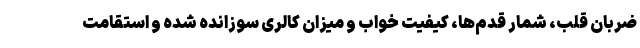
ضربان قلب، شمار قدم‌ها، کیفیت خواب و میزان کالری سوزانده شده و استقامت